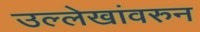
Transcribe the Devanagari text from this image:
उल्लेखांवरुन